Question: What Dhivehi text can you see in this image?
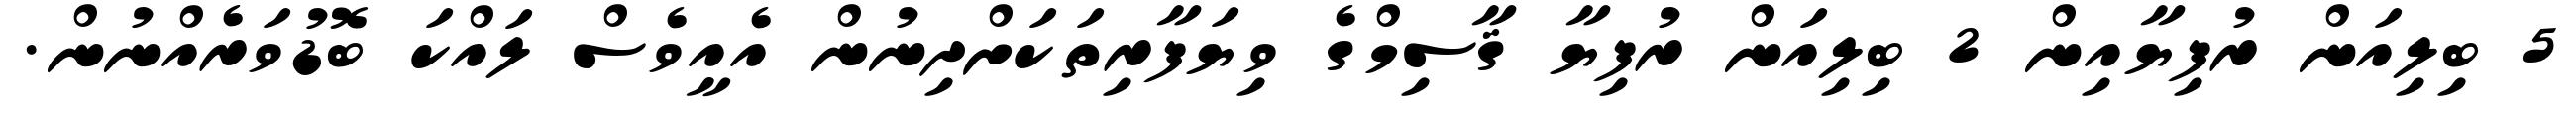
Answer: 5 ބިލިއަން ރުފިޔާއިން 2 ބިލިއަން ރުފިޔާ ޤާސިމްގެ ވިޔަފާރިތަކަށްދިނުން އެއީވެސް ލައްކަ ބޮޑުވަރެއްނުން.